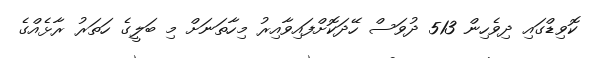
ކޮވިޑްގައި ދިވެހިން 513 ދުވަސް ހޭދަކޮށްފައިވާއިރު މިހާތަނަށް މި ބަލީގެ ހަތަރު ރާޅެއްގެ